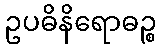
ဥပဓိနိရောဓဉ္စ